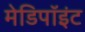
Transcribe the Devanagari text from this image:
मेडिपॉइंट